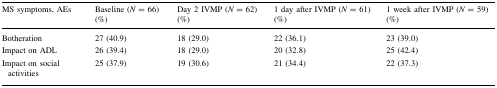
| MS symptoms, AEs | Baseline (N = 66) (%) | Day 2 IVMP (N = 62) (%) | 1 day after IVMP (N = 61) (%) | 1 week after IVMP (N = 59) (%) |
 | --- | --- | --- | --- | --- |
 | Botheration | 27 (40.9) | 18 (29.0) | 22 (36.1) | 23 (39.0) |
 | Impact on ADL | 26 (39.4) | 18 (29.0) | 20 (32.8) | 25 (42.4) |
 | Impact on social activities | 25 (37.9) | 19 (30.6) | 21 (34.4) | 22 (37.3) |